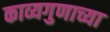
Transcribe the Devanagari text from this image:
काव्यगुणाच्या